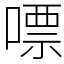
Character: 嘌